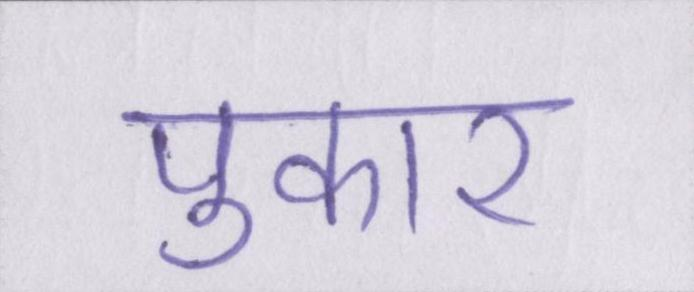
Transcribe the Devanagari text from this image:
पुकार